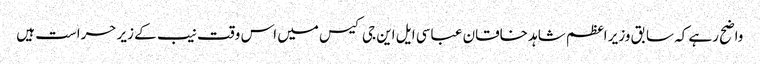
واضح رہے کہ سابق وزیر اعظم شاہد خاقان عباسی ایل این جی کیس میں اس وقت نیب کے زیر حراست ہیں